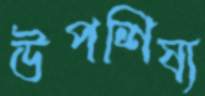
উপশিষ্য